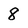
Character: 8